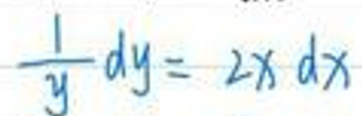
$\frac{1}{y}dy = 2x dx$